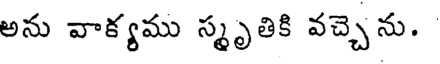
అను వాక్యము స్మృతికి వచ్చెను.